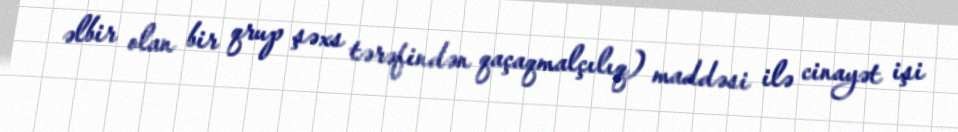
əlbir olan bir qrup şəxs tərəfindən qaçaqmalçılıq) maddəsi ilə cinayət işi